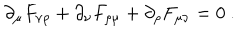
\partial _ { \mu } F _ { \nu \rho } + \partial _ { \nu } F _ { \rho \mu } + \partial _ { \rho } F _ { \mu \nu } = 0 \ .